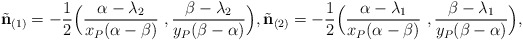
\begin{align*}\tilde{\mathbf{n}}_{(1)}=-\frac{1}{2}\Big(\frac{\alpha-\lambda_2}{x_P(\alpha-\beta)}\ , \frac{\beta-\lambda_2}{y_P(\beta-\alpha)}\Big), \tilde{\mathbf{n}}_{(2)}=-\frac{1}{2}\Big(\frac{\alpha-\lambda_1}{x_P(\alpha-\beta)}\ , \frac{\beta-\lambda_1}{y_P(\beta-\alpha)}\Big),\end{align*}